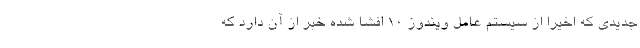
جدیدی که اخیرا از سیستم عامل ویندوز 10 افشا شده خبر از آن دارد که